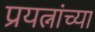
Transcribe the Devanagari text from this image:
प्रयत्नांच्या